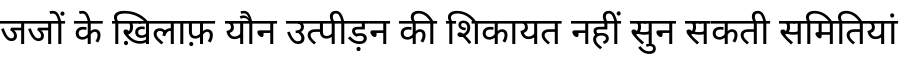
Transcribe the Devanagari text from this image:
जजों के ख़िलाफ़ यौन उत्पीड़न की शिकायत नहीं सुन सकती समितियां